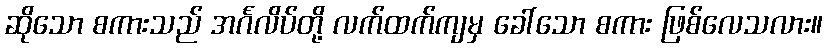
ဆိုသော စကားသည် အင်္ဂလိပ်တို့ လက်ထက်ကျမှ ခေါ်သော စကား ဖြစ်လေသလား။